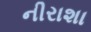
નીરાશા